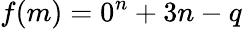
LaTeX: f(m)=0^{n}+3n-q